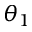
\theta _ { 1 }